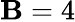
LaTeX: \mathbf{B}=4